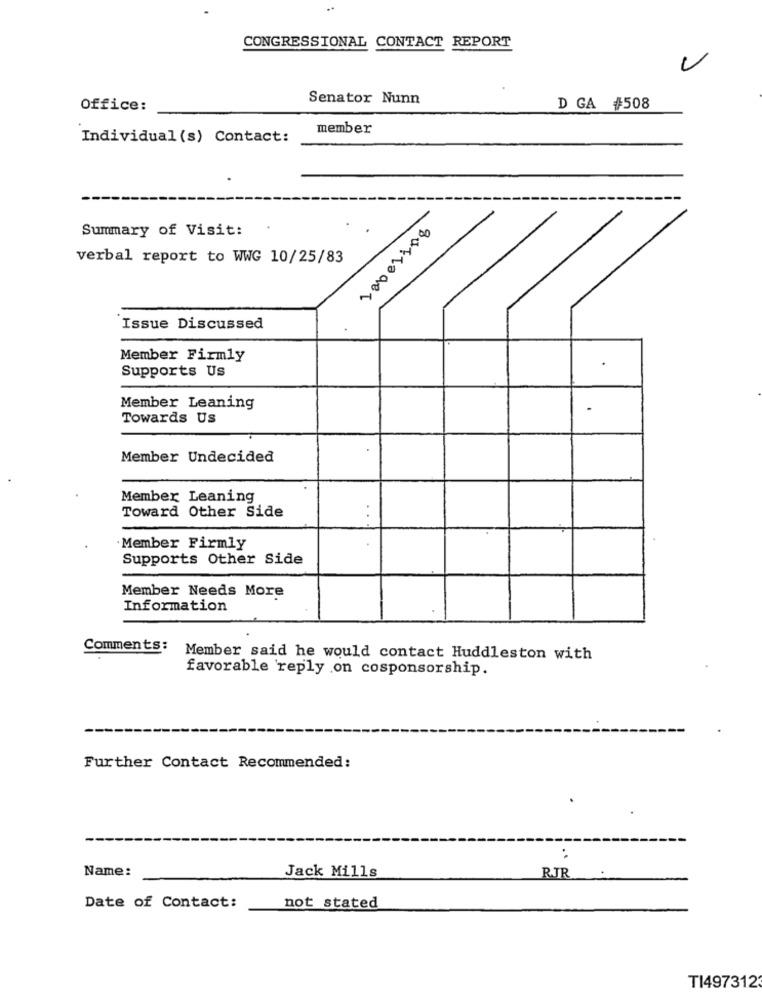
..
CONGRESSIONAL CONTACT REPORT
Senator Nunn
Office:
D GA #508
member
Individual (s) Contact:
Summary of Visit:
100 01208
verbal report to WWG 10/25/83
Issue Discussed
Member Firmly
Supports Us
Member Leaning
Towards Us
Member Undecided
Member Leaning
Toward Other Side
Member Firmly
Supports Other Side
Member Needs More
Information
Comments: Member said he would contact Huddleston with
favorable 'reply on cosponsorship.
Further Contact Recommended:
:
Name:
Jack Mills
RJR
Date of Contact:
not stated
TI497312